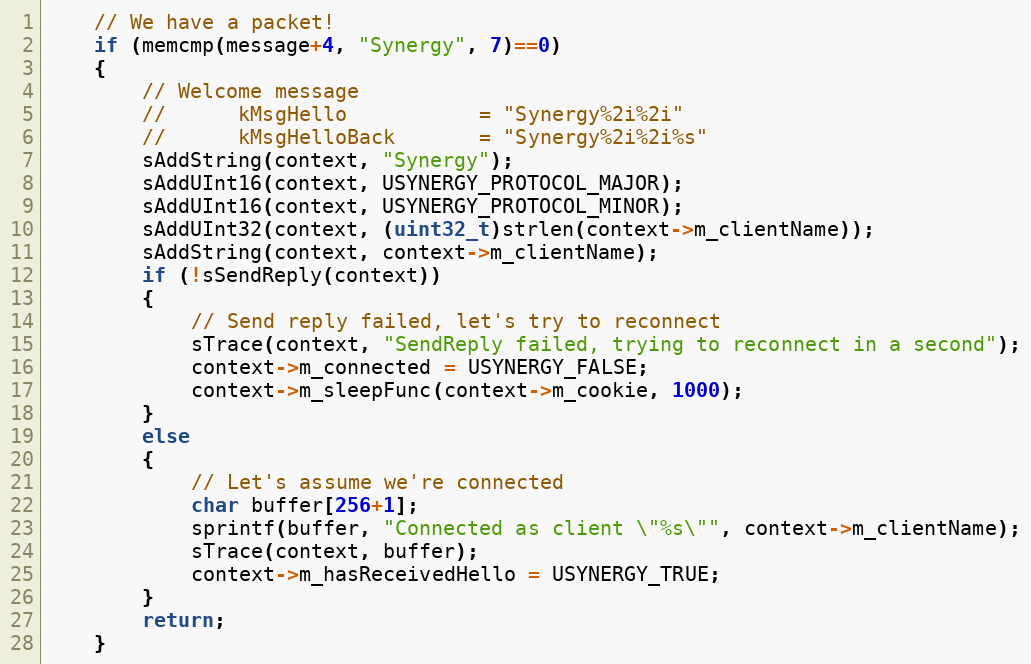
Language: C
	// We have a packet!
	if (memcmp(message+4, "Synergy", 7)==0)
	{
		// Welcome message
		//		kMsgHello			= "Synergy%2i%2i"
		//		kMsgHelloBack		= "Synergy%2i%2i%s"
		sAddString(context, "Synergy");
		sAddUInt16(context, USYNERGY_PROTOCOL_MAJOR);
		sAddUInt16(context, USYNERGY_PROTOCOL_MINOR);
		sAddUInt32(context, (uint32_t)strlen(context->m_clientName));
		sAddString(context, context->m_clientName);
		if (!sSendReply(context))
		{
			// Send reply failed, let's try to reconnect
			sTrace(context, "SendReply failed, trying to reconnect in a second");
			context->m_connected = USYNERGY_FALSE;
			context->m_sleepFunc(context->m_cookie, 1000);
		}
		else
		{
			// Let's assume we're connected
			char buffer[256+1];
			sprintf(buffer, "Connected as client \"%s\"", context->m_clientName);
			sTrace(context, buffer);
			context->m_hasReceivedHello = USYNERGY_TRUE;
		}
		return;
	}